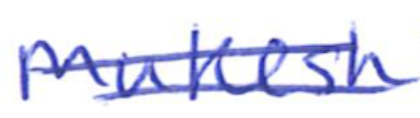
Text: Mukesh
Cross-out: double-line
Writing tool: ballpoint